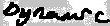
Text: dynamic